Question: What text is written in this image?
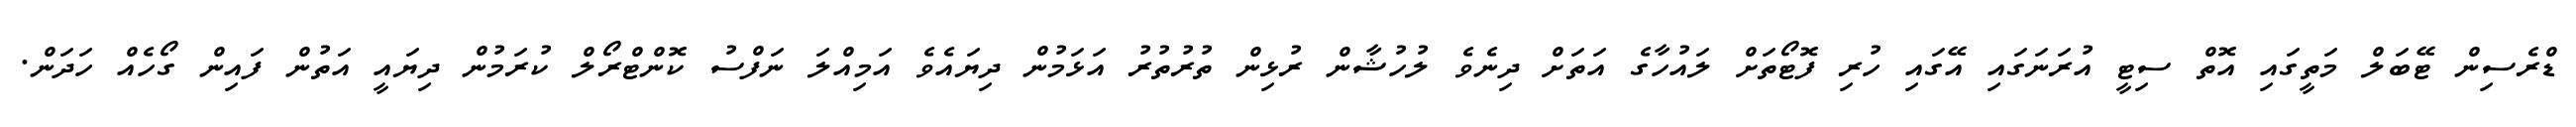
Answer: ޑްރެސިން ޓޭބަލް މަތީގައި އޮތް ސިޓީ އުރަނަގައި އޭގައި ހުރި ފޮޓޯތަށް ލައުހާގެ އަތަށް ދިނެވެ ލުހުޝާން ރުޅިން ތުރުތުރު އަޅަމުން ދިޔައެވެ އަމިއްލަ ނަފްސު ކޮންޓްރޯލް ކުރަމުން ދިޔައީ އަތުން ފައިން ގޯހެއް ހަދަން.